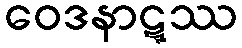
ဝေဒနာဋ္ဋဿ